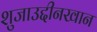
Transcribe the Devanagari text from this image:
शुजाउद्दीनखान